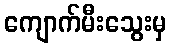
ကျောက်မီးသွေးမှ